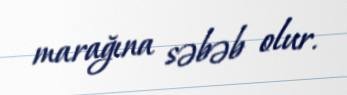
marağına səbəb olur.